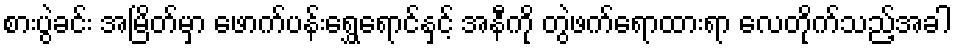
စားပွဲခင်း အမြိတ်မှာ ဖောက်ပန်းရွှေရောင်နှင့် အနီကို တွဲဖက်ရောထားရာ လေတိုက်သည့်အခါ